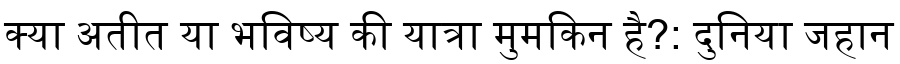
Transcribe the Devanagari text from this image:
क्या अतीत या भविष्य की यात्रा मुमकिन है?: दुनिया जहान